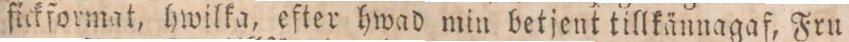
fickformat, hwilka, efter hwad min betjent tillkännagaf, Fru